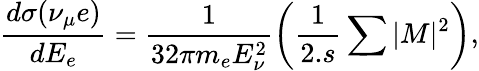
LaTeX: \frac{d\sigma(\nu_{\mu}e)}{dE_{e}}=\frac{1}{32\pi m_{e}E_{\nu}^{2}}\left(\frac{1}{2.s}\sum|M|^{2}\right),